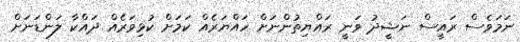
ނަމަވެސް ރައީސް ނަޝީދު ވަނީ ރައްޔިތުންނަށް ހައްޔަރެއް ކަމަށް ކުޅިވަރެއް ދައްކާ ލަންޑަނަށް